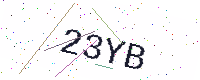
Text: 23YB